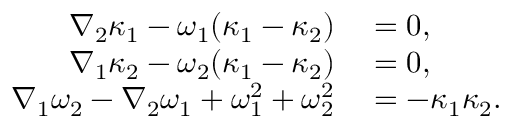
\begin{array} { r l } { \nabla _ { 2 } \kappa _ { 1 } - \omega _ { 1 } ( \kappa _ { 1 } - \kappa _ { 2 } ) } & { { } = 0 , } \\ { \nabla _ { 1 } \kappa _ { 2 } - \omega _ { 2 } ( \kappa _ { 1 } - \kappa _ { 2 } ) } & { { } = 0 , } \\ { \nabla _ { 1 } \omega _ { 2 } - \nabla _ { 2 } \omega _ { 1 } + \omega _ { 1 } ^ { 2 } + \omega _ { 2 } ^ { 2 } } & { { } = - \kappa _ { 1 } \kappa _ { 2 } . } \end{array}